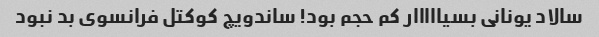
سالاد یونانی بسیااااار کم حجم بود! ساندویچ کوکتل فرانسوی بد نبود